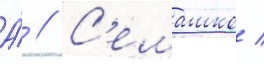
А́ // С'емашко /